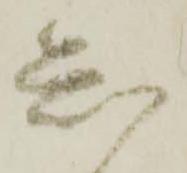
知